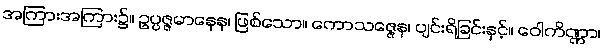
အကြားအကြား၌။ ဥပ္ပဇ္ဇမာနေန၊ ဖြစ်သော။ ကောသဇ္ဇေန၊ ပျင်းရိခြင်းနှင့်။ ဝေါကိဏ္ဏာ၊